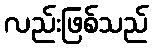
လည်းဖြစ်သည်